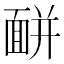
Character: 𩈚